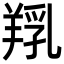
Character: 𦎞